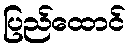
ပြည်ထောင်